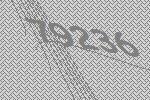
79236